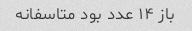
باز ۱۴ عدد بود متاسفانه